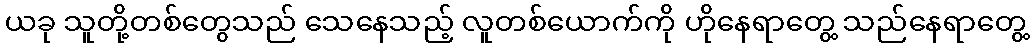
ယခု သူတို့တစ်တွေသည် သေနေသည့် လူတစ်ယောက်ကို ဟိုနေရာတွေ့ သည်နေရာတွေ့